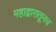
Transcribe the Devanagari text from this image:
महाद्वारातूनच